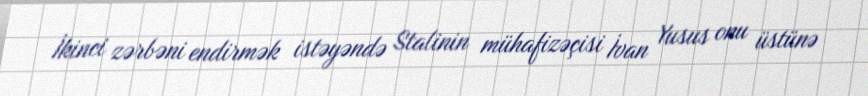
İkinci zərbəni endirmək istəyəndə Stalinin mühafizəçisi İvan Yusus onu üstünə